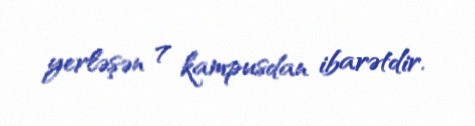
yerləşən 7 kampusdan ibarətdir.